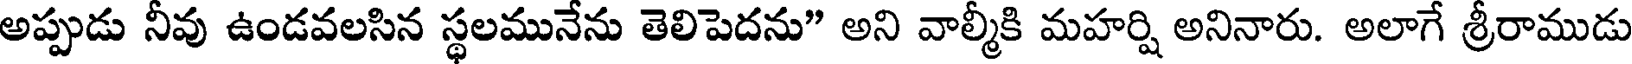
అప్పుడు నీవు ఉండవలసిన స్థలమునేను తెలిపెదను" అని వాల్మీకి మహర్షి అనినారు. అలాగే శ్రీరాముడు